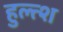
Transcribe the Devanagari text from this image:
हुल्त्श